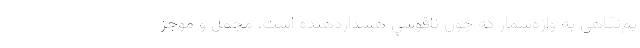
يم‌نگاهي به واژه‌شمار كه چون ناقوسي هشداردهنده‌ ا‌ست، مجمل و موجز